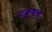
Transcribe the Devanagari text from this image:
पक्षचे